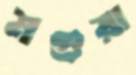
মগুয়া